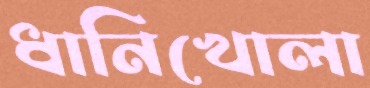
ধানিখোলা